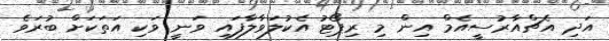
އަދި އެޗްއާރުސީއެމް އިން މި ރިޕޯޓު އެކުލަވާލާފައި ވަނީ ވަކި އަތަކަށް ބުރަވެ